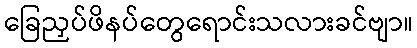
ခြေညှပ်ဖိနပ်တွေရောင်းသလားခင်ဗျာ။